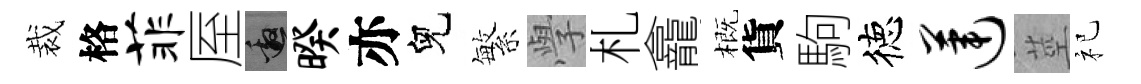
裁格菲厔邀暌亦兒繁𭓕札龕概貨駒徳莲莖祀